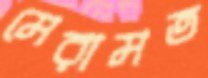
মেরামত